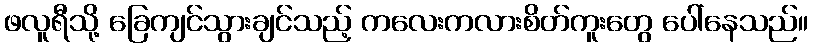
ဖလူရီသို့ ခြေကျင်သွားချင်သည့် ကလေးကလားစိတ်ကူးတွေ ပေါ်နေသည်။